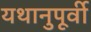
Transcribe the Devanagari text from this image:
यथानुपूर्वी